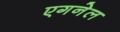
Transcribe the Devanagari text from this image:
एगनेल